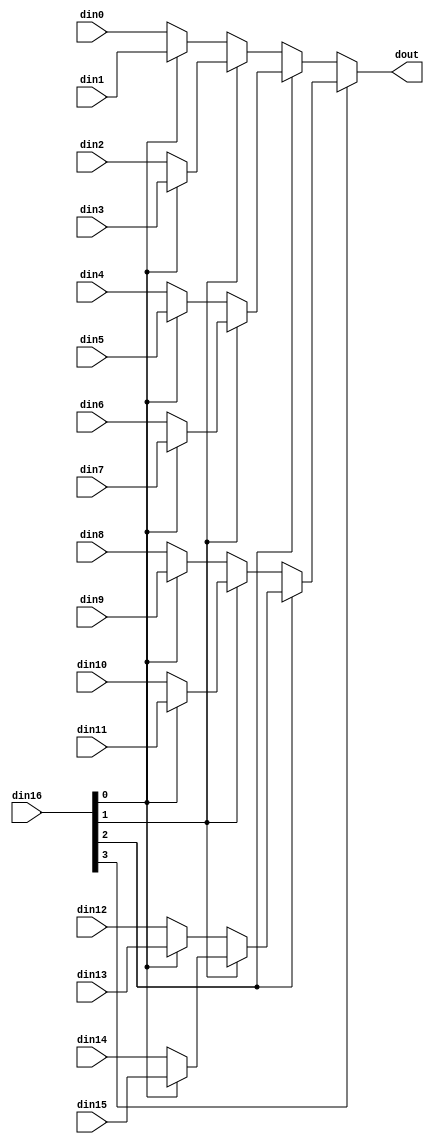
// ==============================================================
// File generated on Wed Apr 01 21:48:49 +0800 2020
// Vivado(TM) HLS - High-Level Synthesis from C, C++ and SystemC v2018.3 (64-bit)
// SW Build 2405991 on Thu Dec  6 23:38:27 MST 2018
// IP Build 2404404 on Fri Dec  7 01:43:56 MST 2018
// Copyright 1986-2018 Xilinx, Inc. All Rights Reserved.
// ==============================================================

`timescale 1ns/1ps

module Layer4_FC_mux_164cud #(
parameter
    ID                = 0,
    NUM_STAGE         = 1,
    din0_WIDTH       = 32,
    din1_WIDTH       = 32,
    din2_WIDTH       = 32,
    din3_WIDTH       = 32,
    din4_WIDTH       = 32,
    din5_WIDTH       = 32,
    din6_WIDTH       = 32,
    din7_WIDTH       = 32,
    din8_WIDTH       = 32,
    din9_WIDTH       = 32,
    din10_WIDTH       = 32,
    din11_WIDTH       = 32,
    din12_WIDTH       = 32,
    din13_WIDTH       = 32,
    din14_WIDTH       = 32,
    din15_WIDTH       = 32,
    din16_WIDTH         = 32,
    dout_WIDTH            = 32
)(
    input  [15 : 0]     din0,
    input  [15 : 0]     din1,
    input  [15 : 0]     din2,
    input  [15 : 0]     din3,
    input  [15 : 0]     din4,
    input  [15 : 0]     din5,
    input  [15 : 0]     din6,
    input  [15 : 0]     din7,
    input  [15 : 0]     din8,
    input  [15 : 0]     din9,
    input  [15 : 0]     din10,
    input  [15 : 0]     din11,
    input  [15 : 0]     din12,
    input  [15 : 0]     din13,
    input  [15 : 0]     din14,
    input  [15 : 0]     din15,
    input  [3 : 0]    din16,
    output [15 : 0]   dout);

// puts internal signals
wire [3 : 0]     sel;
// level 1 signals
wire [15 : 0]         mux_1_0;
wire [15 : 0]         mux_1_1;
wire [15 : 0]         mux_1_2;
wire [15 : 0]         mux_1_3;
wire [15 : 0]         mux_1_4;
wire [15 : 0]         mux_1_5;
wire [15 : 0]         mux_1_6;
wire [15 : 0]         mux_1_7;
// level 2 signals
wire [15 : 0]         mux_2_0;
wire [15 : 0]         mux_2_1;
wire [15 : 0]         mux_2_2;
wire [15 : 0]         mux_2_3;
// level 3 signals
wire [15 : 0]         mux_3_0;
wire [15 : 0]         mux_3_1;
// level 4 signals
wire [15 : 0]         mux_4_0;

assign sel = din16;

// Generate level 1 logic
assign mux_1_0 = (sel[0] == 0)? din0 : din1;
assign mux_1_1 = (sel[0] == 0)? din2 : din3;
assign mux_1_2 = (sel[0] == 0)? din4 : din5;
assign mux_1_3 = (sel[0] == 0)? din6 : din7;
assign mux_1_4 = (sel[0] == 0)? din8 : din9;
assign mux_1_5 = (sel[0] == 0)? din10 : din11;
assign mux_1_6 = (sel[0] == 0)? din12 : din13;
assign mux_1_7 = (sel[0] == 0)? din14 : din15;

// Generate level 2 logic
assign mux_2_0 = (sel[1] == 0)? mux_1_0 : mux_1_1;
assign mux_2_1 = (sel[1] == 0)? mux_1_2 : mux_1_3;
assign mux_2_2 = (sel[1] == 0)? mux_1_4 : mux_1_5;
assign mux_2_3 = (sel[1] == 0)? mux_1_6 : mux_1_7;

// Generate level 3 logic
assign mux_3_0 = (sel[2] == 0)? mux_2_0 : mux_2_1;
assign mux_3_1 = (sel[2] == 0)? mux_2_2 : mux_2_3;

// Generate level 4 logic
assign mux_4_0 = (sel[3] == 0)? mux_3_0 : mux_3_1;

// output logic
assign dout = mux_4_0;

endmodule